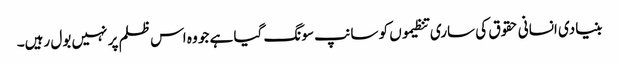
بنیادی انسانی حقوق کی ساری تنظیموں کو سانپ سونگ گیا ہے جو وہ اس ظلم پر نہیں بول رہیں۔